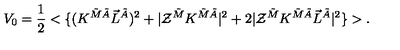
V _ { 0 } = \frac 1 2 < \{ ( K ^ { \tilde { M } \tilde { A } } \vec { L } ^ { \tilde { A } } ) ^ { 2 } + | { \cal Z } ^ { \tilde { M } } K ^ { \tilde { M } \tilde { A } } | ^ { 2 } + 2 | { \cal Z } ^ { \tilde { M } } K ^ { \tilde { M } \tilde { A } } \vec { L } ^ { \tilde { A } } | ^ { 2 } \} > .